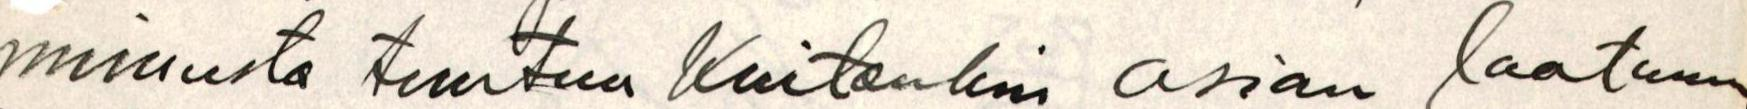
minusta tuntuu Kuitenkin asian laatuun